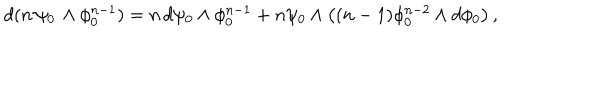
d ( n \, \psi _ { 0 } \, \wedge \phi _ { 0 } ^ { n - 1 } ) = n \, d \psi _ { 0 } \wedge \phi _ { 0 } ^ { n - 1 } + n \psi _ { 0 } \wedge \left( ( n - 1 ) \phi _ { 0 } ^ { n - 2 } \wedge d \phi _ { 0 } \right) ,